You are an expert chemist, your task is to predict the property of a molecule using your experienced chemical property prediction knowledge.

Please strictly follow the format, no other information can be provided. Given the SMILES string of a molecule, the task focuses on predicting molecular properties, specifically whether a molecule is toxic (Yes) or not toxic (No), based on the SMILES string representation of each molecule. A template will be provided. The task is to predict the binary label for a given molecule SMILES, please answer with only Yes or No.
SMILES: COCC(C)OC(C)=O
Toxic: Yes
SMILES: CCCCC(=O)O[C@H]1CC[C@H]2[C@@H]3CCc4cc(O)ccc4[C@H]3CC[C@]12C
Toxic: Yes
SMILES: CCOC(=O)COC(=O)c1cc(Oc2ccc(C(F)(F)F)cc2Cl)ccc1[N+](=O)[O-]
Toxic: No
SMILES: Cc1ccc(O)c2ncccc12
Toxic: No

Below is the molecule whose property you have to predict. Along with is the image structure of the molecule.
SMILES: CON(C)C(=O)Nc1ccc(Br)c(Cl)c1
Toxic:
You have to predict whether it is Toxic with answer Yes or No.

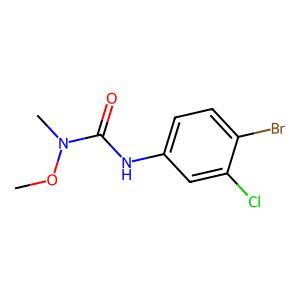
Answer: No